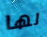
لها